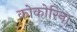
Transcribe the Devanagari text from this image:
कोकोरिना